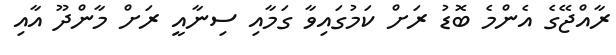
ރާއްޖޭގެ އެންމެ ބޮޑު ރަށް ކަމުގައިވާ ގަމާއި ސިނާއީ ރަށް މާންދޫ އާއި